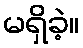
မရှိခဲ့။